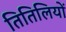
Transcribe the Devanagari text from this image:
तितिलियों